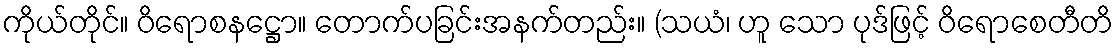
ကိုယ်တိုင်။ ဝိရောစနဋ္ဌော။ တောက်ပခြင်းအနက်တည်း။ (သယံ၊ ဟူ သော ပုဒ်ဖြင့် ဝိရောစေတီတိ